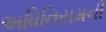
અધિનિયમની